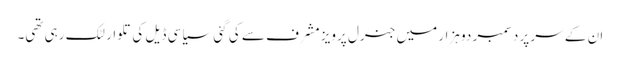
ان کے سر پر دسمبر دو ہزار میں جنرل پرویز مشرف سے کی گئی سیاسی ڈیل کی تلوار لٹک رہی تھی۔